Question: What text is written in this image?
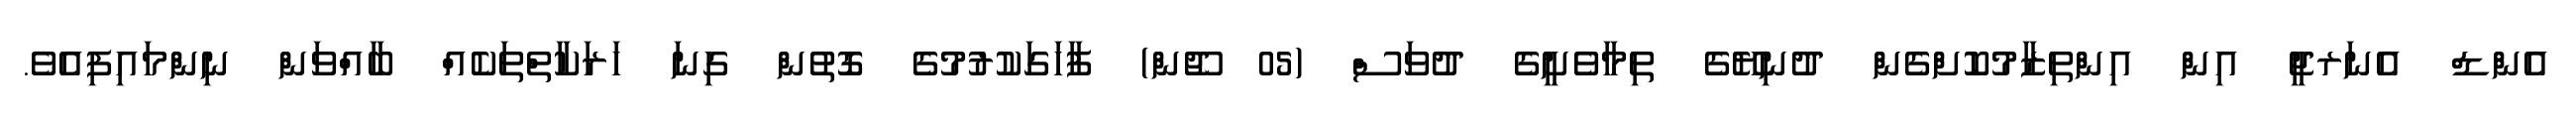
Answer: އެންޑް އެނަރޖީ އިން އިންތިޒާމުކޮށްގެން ދުނިޔޭގެ ތިމާވެށީގެ ދުވަސް (05 ޖޫން) ފާހަގަކުރުމުގެ ގޮތުން ގިނަ ހަރަކާތްތަކެއް ބާއްވަން ނިންމައިފިއެވެ.